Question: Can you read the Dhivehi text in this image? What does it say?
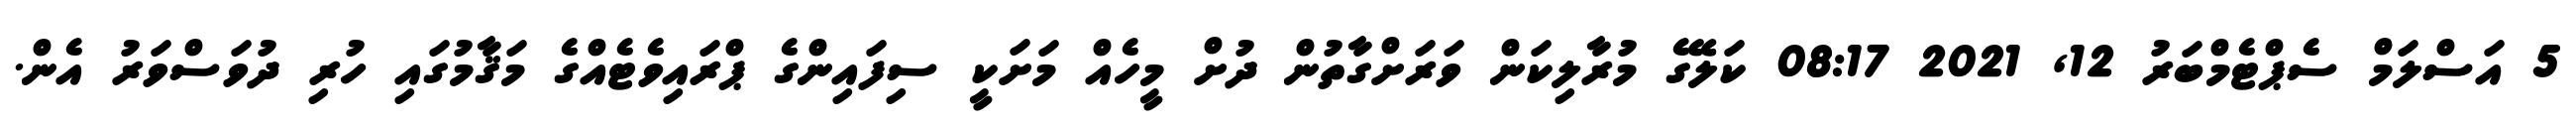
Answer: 5 އަސްލަމް ސެޕްޓެމްބަރު 12, 2021 08:17 ކަލޭގެ މުރާލިކަން ވަރަށްގާތުން ދުށް މީހެއް މަށަކީ ސިފައިންގެ ޕްރައިވެޓެއްގެ މަޤާމުގައި ހުރި ދުވަސްވަރު އެން.